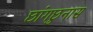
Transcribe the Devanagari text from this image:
छांगछुनास